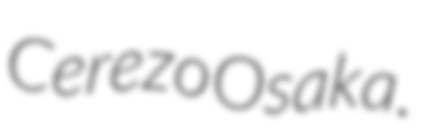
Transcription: Cerezo Osaka.